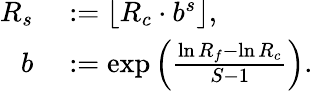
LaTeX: \begin{array}{rl}{R_{s}}&{{}:=\left\lfloor R_{c}\cdot b^{s}\right\rfloor,}\\ {b}&{{}:=\exp\left(\frac{\ln R_{f}-\ln R_{c}}{S-1}\right).}\end{array}